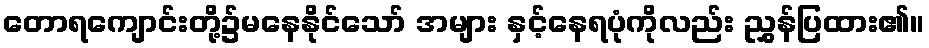
တောရကျောင်းတို့၌မနေနိုင်သော် အများ နှင့်နေရပုံကိုလည်း ညွှန်ပြထား၏။